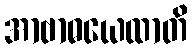
အာဗာဓယေထာတိ